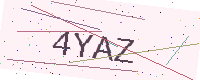
Text: 4YAZ